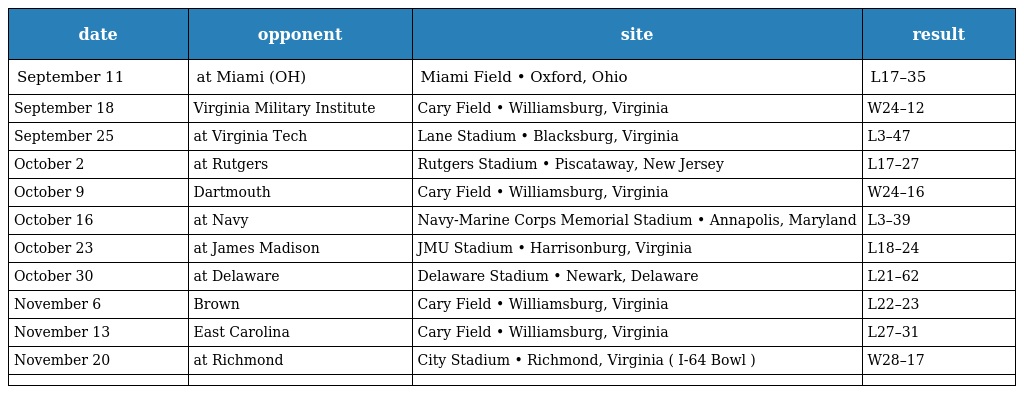
| date | opponent | site | result |
 | --- | --- | --- | --- |
 | September 11 | at Miami (OH) | Miami Field • Oxford, Ohio | L17–35 |
 | September 18 | Virginia Military Institute | Cary Field • Williamsburg, Virginia | W24–12 |
 | September 25 | at Virginia Tech | Lane Stadium • Blacksburg, Virginia | L3–47 |
 | October 2 | at Rutgers | Rutgers Stadium • Piscataway, New Jersey | L17–27 |
 | October 9 | Dartmouth | Cary Field • Williamsburg, Virginia | W24–16 |
 | October 16 | at Navy | Navy-Marine Corps Memorial Stadium • Annapolis, Maryland | L3–39 |
 | October 23 | at James Madison | JMU Stadium • Harrisonburg, Virginia | L18–24 |
 | October 30 | at Delaware | Delaware Stadium • Newark, Delaware | L21–62 |
 | November 6 | Brown | Cary Field • Williamsburg, Virginia | L22–23 |
 | November 13 | East Carolina | Cary Field • Williamsburg, Virginia | L27–31 |
 | November 20 | at Richmond | City Stadium • Richmond, Virginia ( I-64 Bowl ) | W28–17 |
 |  |  |  |  |